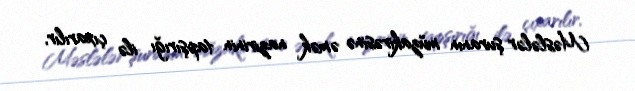
Məslələr şuranın müzakirəsinə əmək nazirinin tapşırığı ilə çıxarılır,